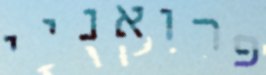
פרואניי